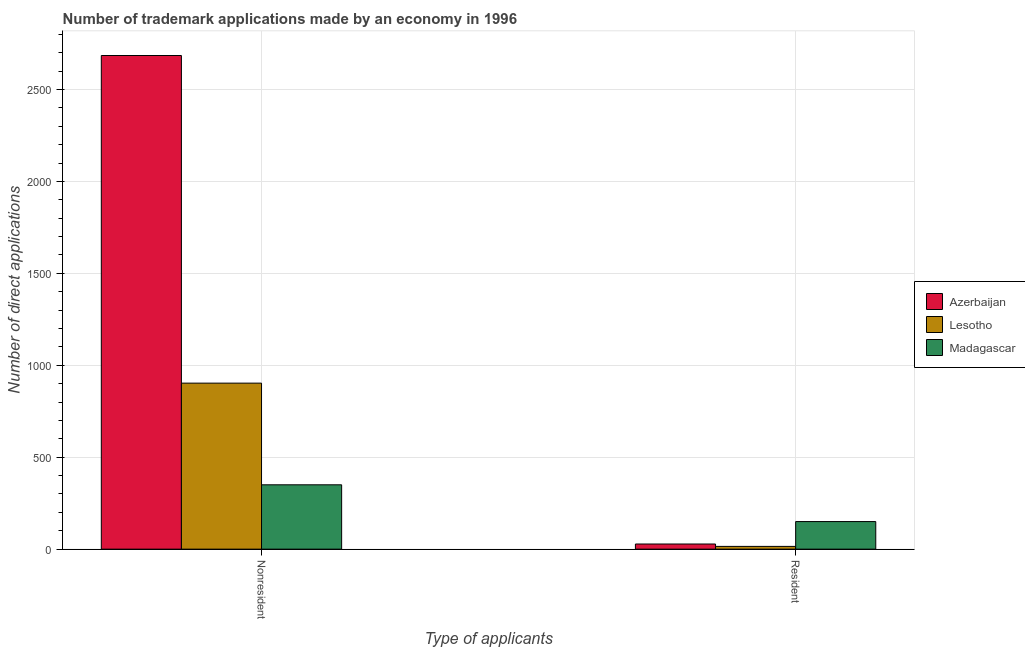
| Type of applicants | Azerbaijan | Lesotho | Madagascar |
 | --- | --- | --- | --- |
 | Nonresident | 2.68e+03 | 903 | 350 |
 | Resident | 28 | 15 | 150 |